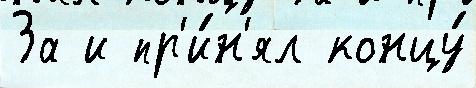
За и пр'и́н'ял концу́